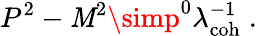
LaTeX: P^{2}-\mathit{M}^{2}\simp^{0}\lambda_{\mathrm{{coh}}}^{-1}\; .